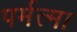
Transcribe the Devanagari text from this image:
पर्मत्मा